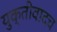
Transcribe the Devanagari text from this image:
युक्तीवादच